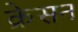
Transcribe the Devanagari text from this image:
क्रेसन